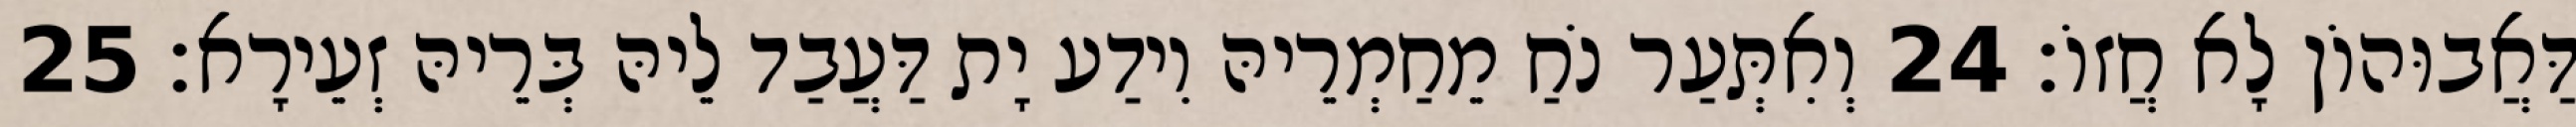
דַּאֲבוּהוֹן לָא חֲזוֹ׃ 24 וְאִתְּעַר נֹחַ מֵחַמְרֵיהּ וִידַע יָת דַּעֲבַד לֵיהּ בְּרֵיהּ זְעֵירָא׃ 25